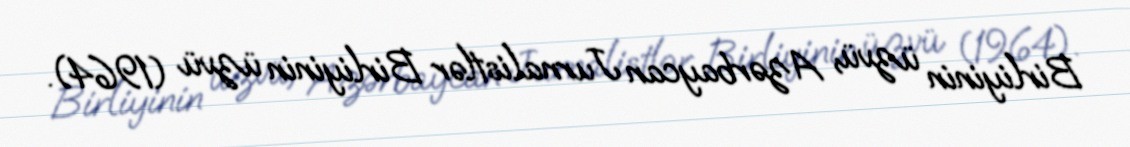
Birliyinin üzvü, Azərbaycan Jurnalistlər Birliyinin üzvü (1964).